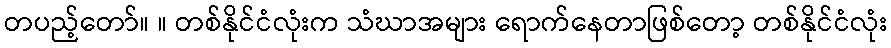
တပည့်တော်။ ။ တစ်နိုင်ငံလုံးက သံဃာအများ ရောက်နေတာဖြစ်တော့ တစ်နိုင်ငံလုံး